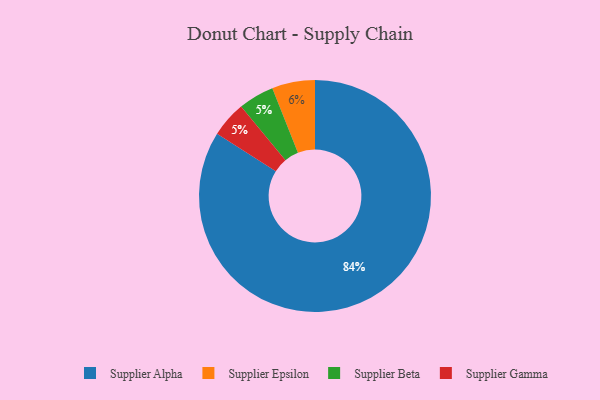
{"axis": {"x": "Category", "y": "Percentage"}, "legend": ["Supplier Alpha", "Supplier Beta", "Supplier Epsilon", "Supplier Gamma"], "data": [{"x": "Supplier Beta", "y": 5, "type": "Supplier Beta"}, {"x": "Supplier Alpha", "y": 84, "type": "Supplier Alpha"}, {"x": "Supplier Gamma", "y": 5, "type": "Supplier Gamma"}, {"x": "Supplier Epsilon", "y": 6, "type": "Supplier Epsilon"}]}